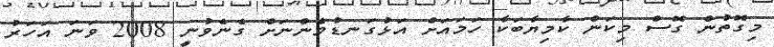
މިގޮތުން ގޮސް މިކަން ކާމިޔާބަކާ ހަމައަށް އަޅުގަނޑުމެންނަށް ގެނެވުނީ 2008 ވަނަ އަހަރު